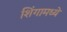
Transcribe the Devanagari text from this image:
शिंगामध्ये